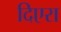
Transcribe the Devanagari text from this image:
दिएरा